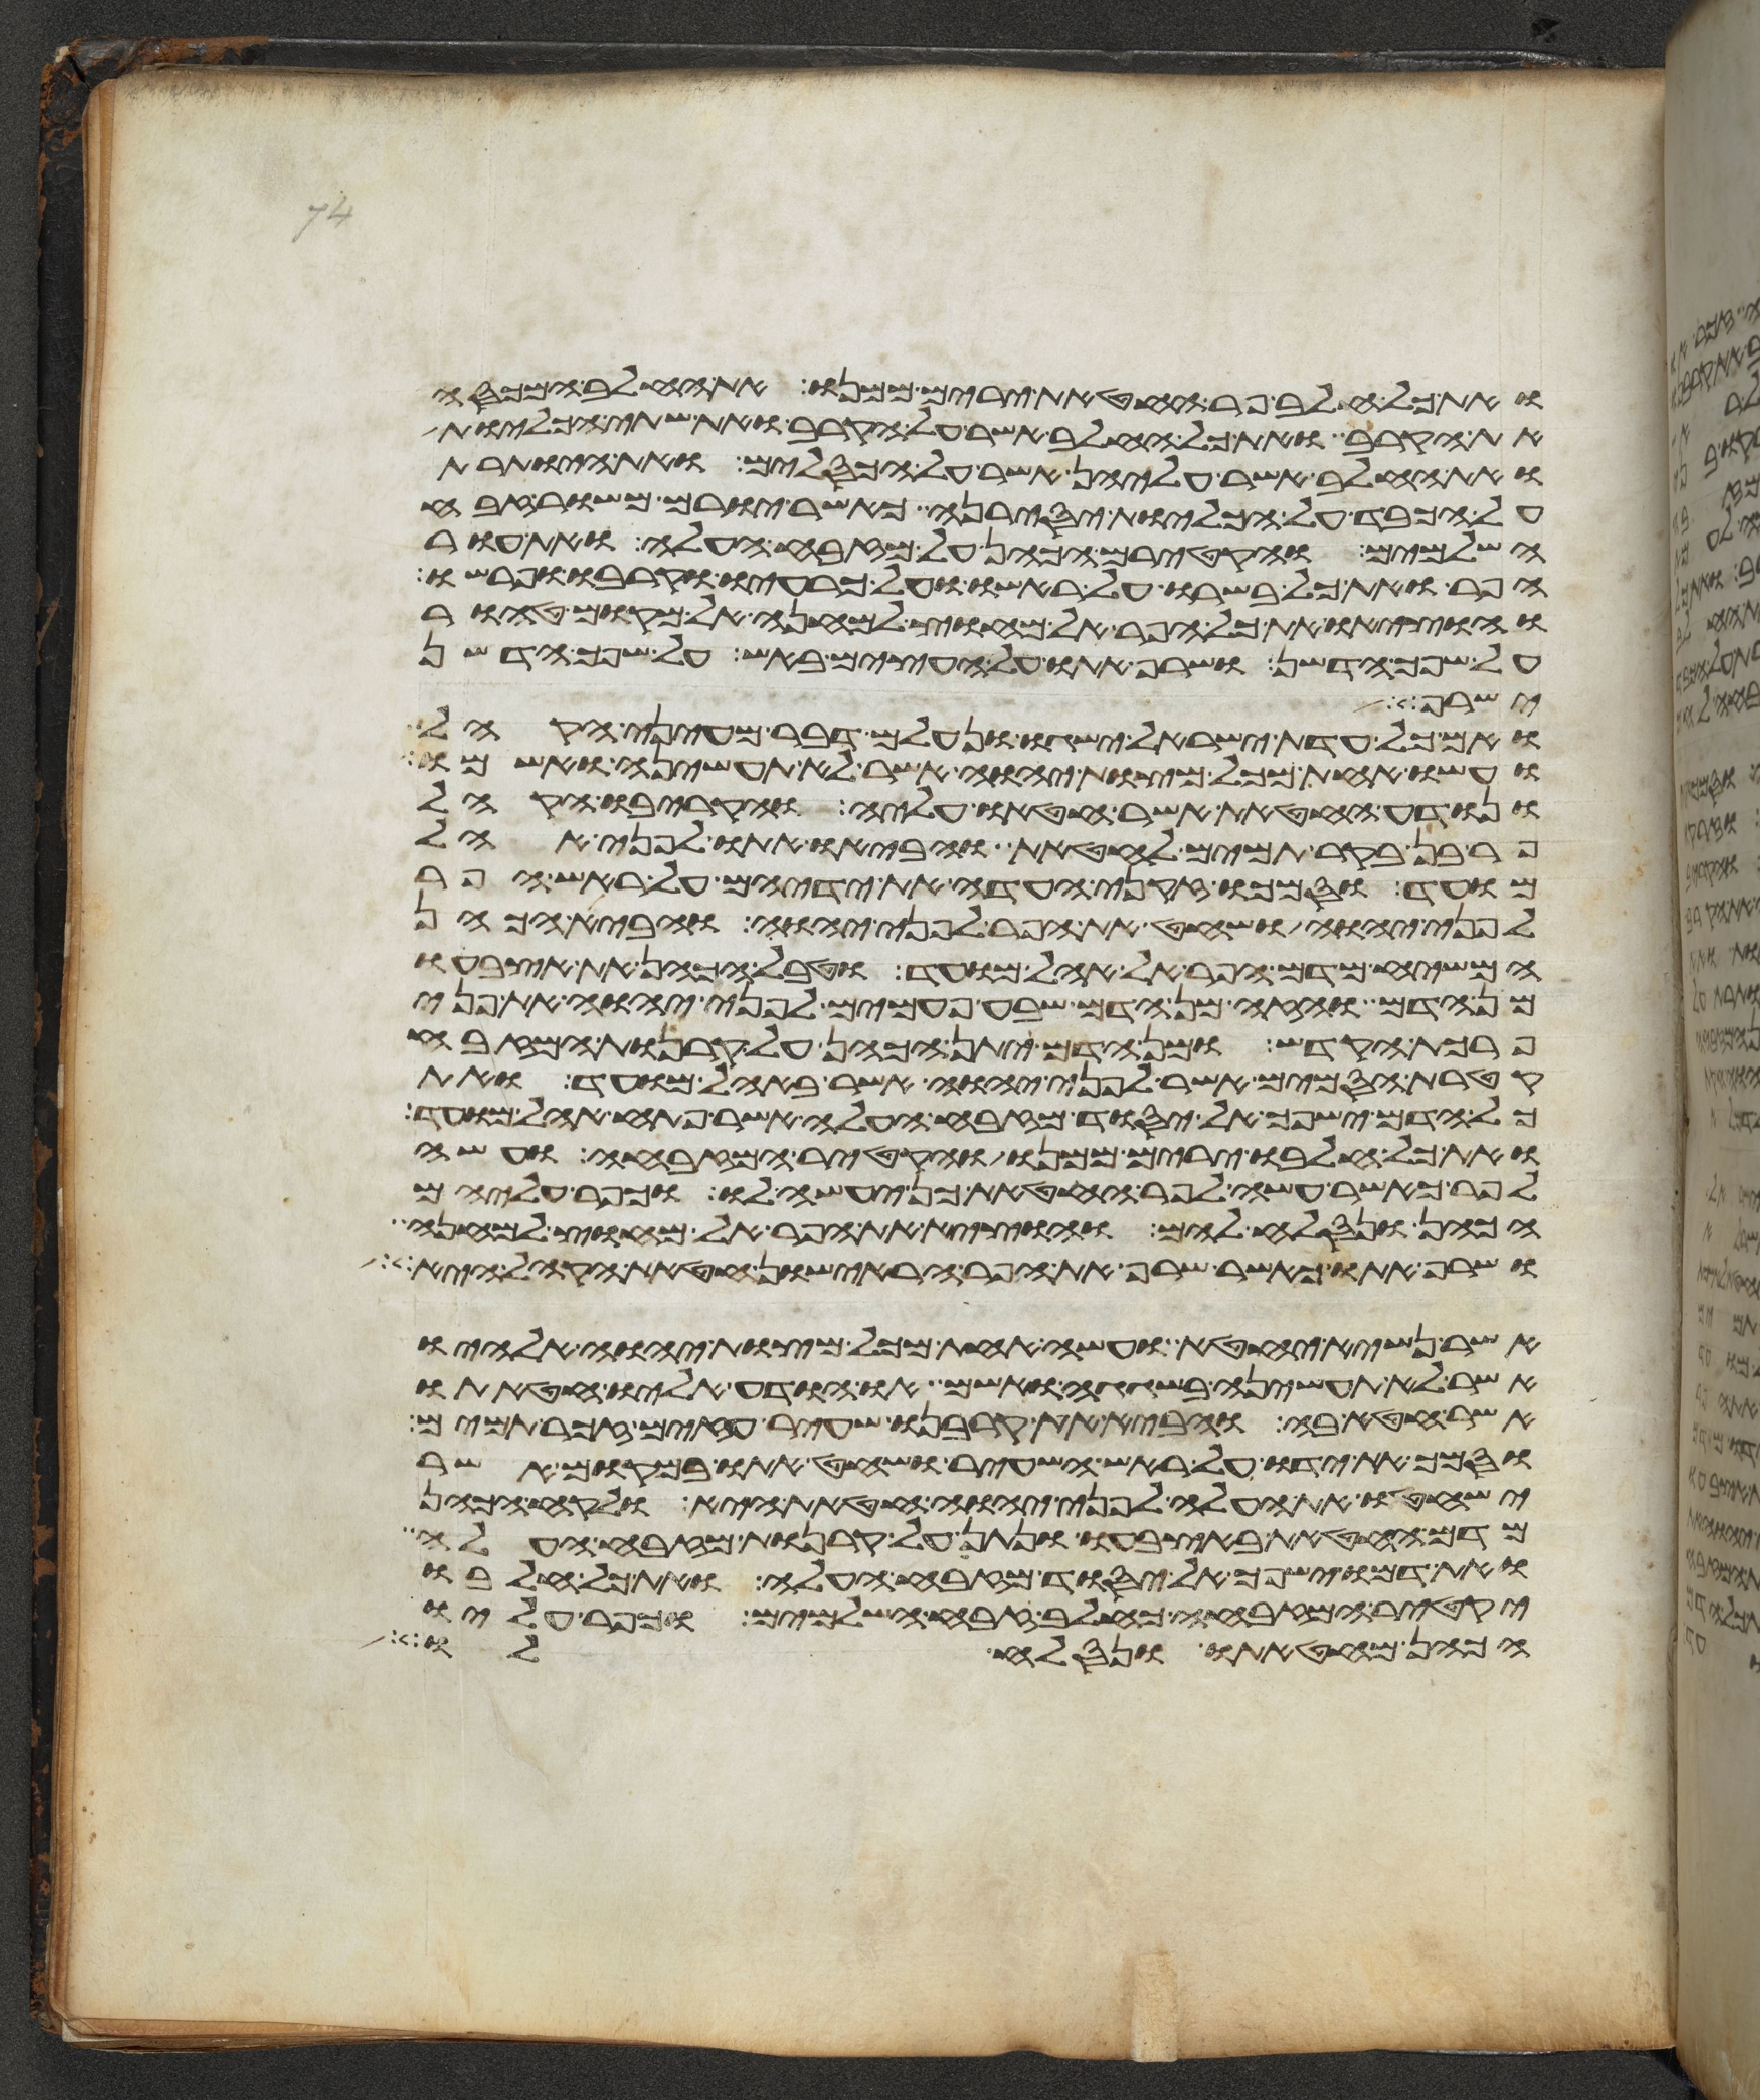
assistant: ואת כל חלב פר החטאת ירים ממנו את החלב המכסה
את הקרב ואת כל החלב אשר על הקרב ואת שתי הכליות
ואת החלב אשר עליהן אשר על הכסלים ואת היותרת
על הכבד על הכליות יסירנה כאשר יורם משור זבח
השלמים והקטירם הכהן על מזבח העלה ואת עור
הפר ואת כל בשרו על ראשו ועל כרעיו וקרבו ופרשו
והוציאו את כל הפר אל מחוץ למחנה אל מקום טהור
על שפך הדשן ושרפו אתו על העצים באש על שפך הדשן
ישרף
ואם כל עדת ישראל ישגו ונעלם דבר מעיני הקהל
ועשו אחת מכל מצות יהוה אשר לא תעשיהן ואשמו
ונודע החטאת אשר חטאו עליה והקריבו הקהל
פר בן בקר תמים לחטאת והביאו אתו לפני אהל
מועד וסמכו זקני העדה את ידיהם על ראש הפר
לפני יהוה ושחט את הפר לפני יהוה והביא הכהן
המשיח מדם הפר אל אהל מועד וטבל הכהן את אצבעו
מן הדם והזה מן הדם שבע פעמים לפני יהוה את פני
פרכת הקדש ומן הדם יתן הכהן על קרנות המזבח
קטרת הסמים אשר לפני יהוה אשר באהל מועד ואת
כל הדם ישפך אל יסוד מזבח העלה אשר פתח אהל מועד
ואת כל חלבו ירים ממנו והקטיר המזבחה ועשה
לפר כאשר עשה לפר החטאת כן יעשה לו וכפר עליהם
הכהן ונסלח להם והוציא את הפר אל מחוץ למחנה
ושרף אתו כאשר שרף את הפר הראישון חטאת הקהל היא
אשר נשיא יחטא ועשה אחת מכל מצות יהוה אלהיו
אשר לא תעשיהן בשגגה ואשם או הודע אליו חטאתו
אשר חטא בה והביא את קרבנו שעיר עזים זכר תמים
וסמך את ידו על ראש השעיר ושחט אתו במקום אשר
ישחטו את העלה לפני יהוה חטאת היא ולקח הכהן
מדם החטאת באצבעו ונתן על קרנות מזבח העלה
ואת דמו ישפך אל יסוד מזבח העלה ואת כל חלבו
יקטיר המזבחה כחלב זבח השלמים וכפר עליו
הכהן מחטאתו ונסלח לו